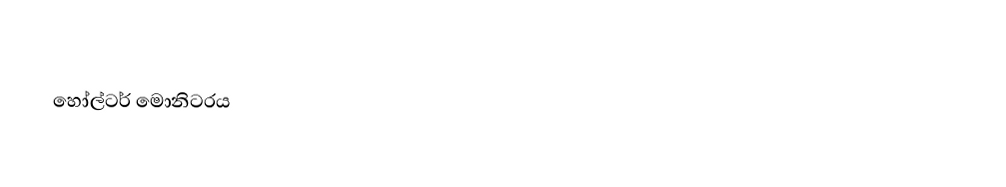
‍හෝල්ටර් මොනිටරය